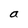
Character: a